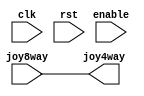
/*  This file is part of JT_FRAME.
    JTFRAME program is free software: you can redistribute it and/or modify
    it under the terms of the GNU General Public License as published by
    the Free Software Foundation, either version 3 of the License, or
    (at your option) any later version.

    JTFRAME program is distributed in the hope that it will be useful,
    but WITHOUT ANY WARRANTY; without even the implied warranty of
    MERCHANTABILITY or FITNESS FOR A PARTICULAR PURPOSE.  See the
    GNU General Public License for more details.

    You should have received a copy of the GNU General Public License
    along with JTFRAME.  If not, see <http://www.gnu.org/licenses/>.

    Author: Jose Tejada Gomez. Twitter: @topapate
    Version: 1.0
    Date: 10-5-2020 */

module jtframe_4wayjoy(
    input            clk,
    input            rst,
    input            enable,
    input      [3:0] joy8way,
    output reg [3:0] joy4way
);

`ifndef JTFRAME_SUPPORT_4WAY
    always @(*) joy4way = joy8way;
`else
always @(posedge clk, posedge rst) begin
    if( rst ) begin
        joy4way <= 4'd0;
    end else begin
        if( !enable ) begin
            joy4way <= joy8way;
        end else begin
            if( joy8way==4'b0001 || joy8way==4'b0010 ||
                joy8way==4'b0100 || joy8way==4'b1000 || joy8way==4'b0000 )
                joy4way <= joy8way;
        end
    end
end
`endif

endmodule